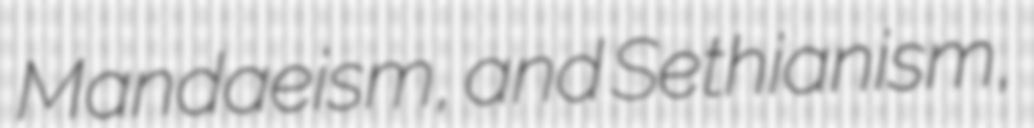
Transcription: Mandaeism, and Sethianism,